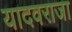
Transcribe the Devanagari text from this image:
यादवराजा